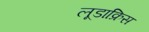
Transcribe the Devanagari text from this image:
लूडाक्रिस